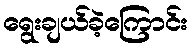
ရွေးချယ်ခဲ့ကြောင်း